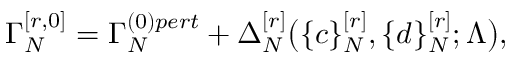
\Gamma _ { N } ^ { [ r , 0 ] } = \Gamma _ { N } ^ { ( 0 ) p e r t } + \Delta _ { N } ^ { [ r ] } \big ( \{ c \} _ { N } ^ { [ r ] } , \{ d \} _ { N } ^ { [ r ] } ; \Lambda \big ) ,